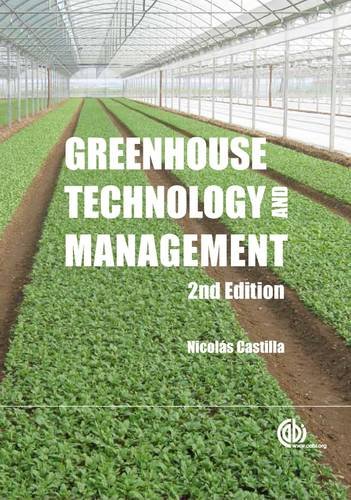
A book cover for Greenhouse Technology and Management; NicolÃ¡s Castilla; Crafts, Hobbies & Home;